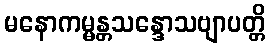
မနောကမ္မန္တသန္ဒောသဗျာပတ္တိ